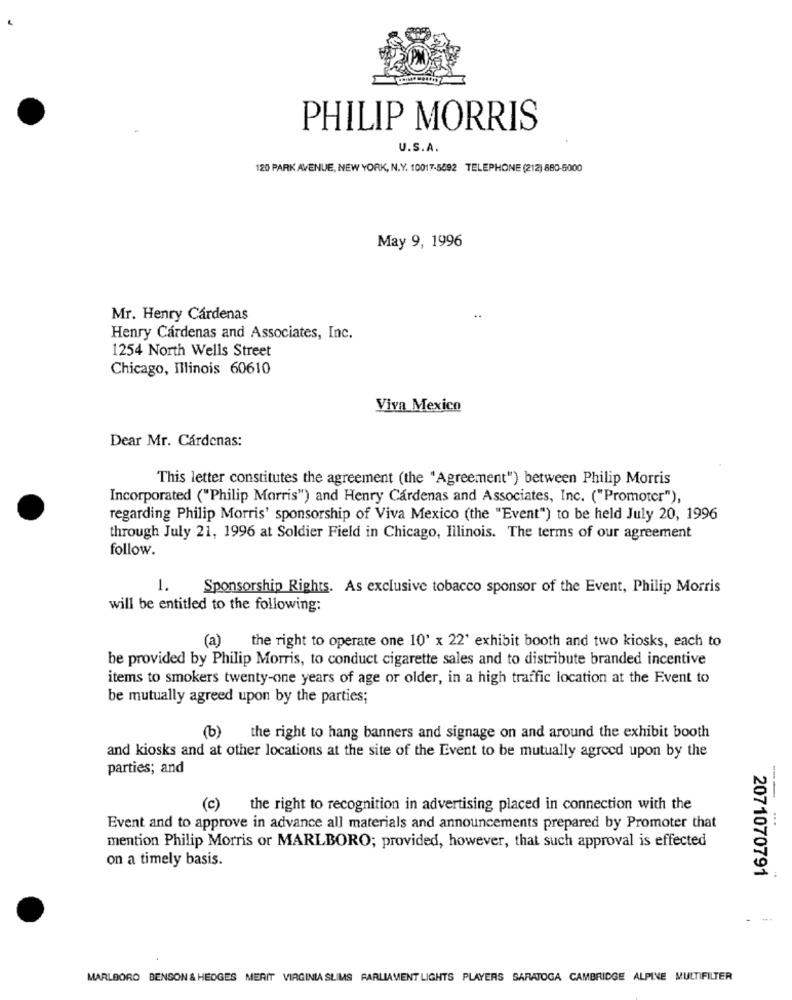
PHILIP MORRIS
U.S.A.
120 PARK AVENUE, NEW YORK, N.Y. 10017-5092 TELEPHONE (212) 880-5000
May 9, 1996
Mr. Henry Cárdenas
Henry Cárdenas and Associates, Inc.
1254 North Wells Street
Chicago, Illinois 60610
Viva Mexico
Dear Mr. Cárdenas:
This letter constitutes the agreement (the "Agreement") between Philip Morris
Incorporated ("Philip Morris") and Henry Cardenas and Associates, Inc. ("Promoter"),
regarding Philip Morris' sponsorship of Viva Mexico (the "Event") to be held July 20, 1996
through July 21, 1996 at Soldier Field in Chicago, Illinois. The terms of our agreement
follow.
1.
Sponsorship Rights. As exclusive tobacco sponsor of the Event, Philip Morris
will be entitled to the following:
(a) the right to operate one 10' x 22' exhibit booth and two kiosks, each to
be provided by Philip Morris, to conduct cigarette sales and to distribute branded incentive
items to smokers twenty-one years of age or older, in a high traffic location at the Event to
be mutually agreed upon by the parties;
b)
the right to hang banners and signage on and around the exhibit booth
and kiosks and at other locations at the site of the Event to be mutually agreed upon by the
parties; and
(c) the right to recognition in advertising placed in connection with the
Event and to approve in advance all materials and announcements prepared by Promoter that
mention Philip Morris or MARLBORO; provided, however, that such approval is effected
on a timely basis.
2071070791
MARLBORO BENSON & HEDGES MERIT VIRGINIA SLIMS PARLIAMENT LIGHTS PLAYERS SARATOGA CAMBRIDGE ALPINE MULTIFILTER